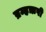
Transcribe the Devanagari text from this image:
ब्रम्हऋषी